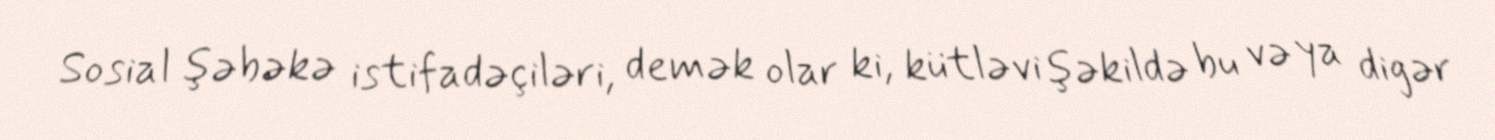
Sosial şəbəkə istifadəçiləri, demək olar ki, kütləvi şəkildə bu və ya digər